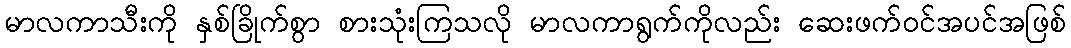
မာလကာသီးကို နှစ်ခြိုက်စွာ စားသုံးကြသလို မာလကာရွက်ကိုလည်း ဆေးဖက်ဝင်အပင်အဖြစ်